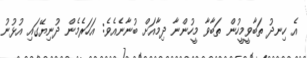
އެ ހިނދު ތަބާވީމީހުން ތަބާވާ މީހުންނާ ދިމާއަށް ބުނާނެއެވެ: އަހަރެމެން ދުނިޔޭގައި އުޅުނު